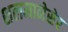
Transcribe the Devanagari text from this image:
शलमानेसेर